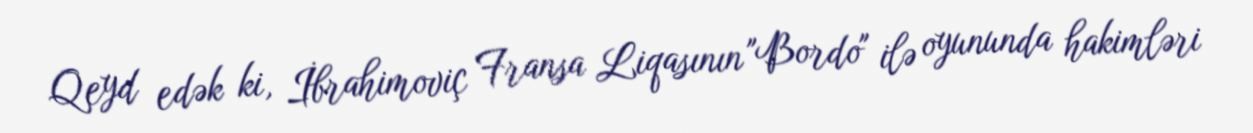
Qeyd edək ki, İbrahimoviç Fransa Liqasının "Bordo" ilə oyununda hakimləri